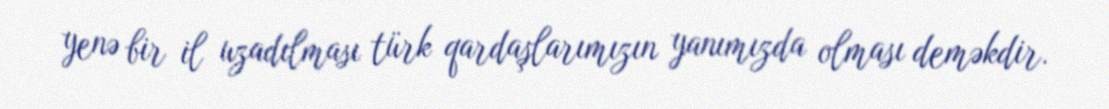
yenə bir il uzadılması türk qardaşlarımızın yanımızda olması deməkdir.